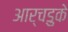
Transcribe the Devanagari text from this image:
आर्चडुके